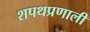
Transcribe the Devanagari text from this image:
शपथप्रणाली